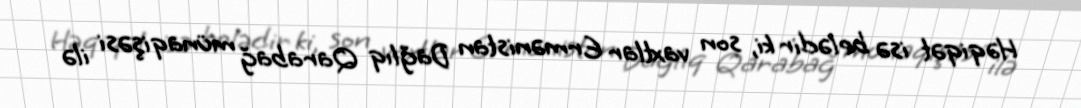
Həqiqət isə belədir ki, son vaxtlar Ermənistan Dağlıq Qarabağ münaqişəsi ilə